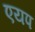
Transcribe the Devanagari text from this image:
एयप